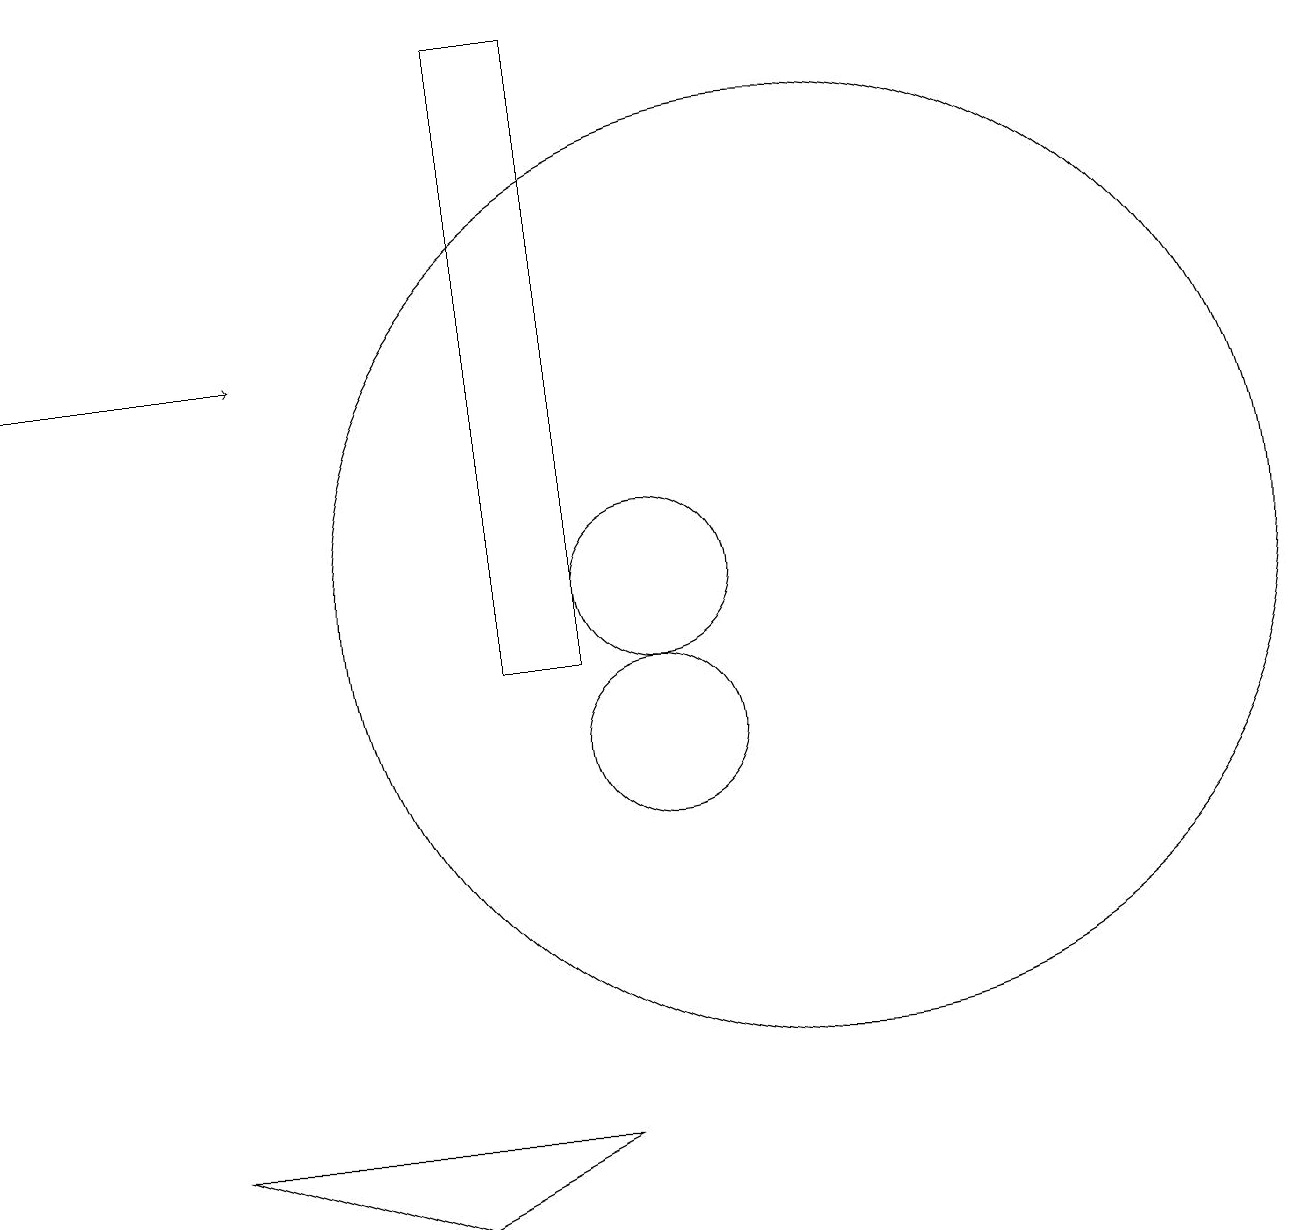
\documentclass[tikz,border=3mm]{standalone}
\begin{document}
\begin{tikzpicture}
\draw (9,11) rectangle (8,19);
\draw (12,12) circle (6);
\draw (10,12) circle (1);
\draw (9,5) -- (4,5) -- (7,4) -- cycle;
\draw (10,10) circle (1);
\draw[->] (2,15) -- (5,15);
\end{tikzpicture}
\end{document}